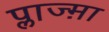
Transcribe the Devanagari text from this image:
प्लाज्म़ा